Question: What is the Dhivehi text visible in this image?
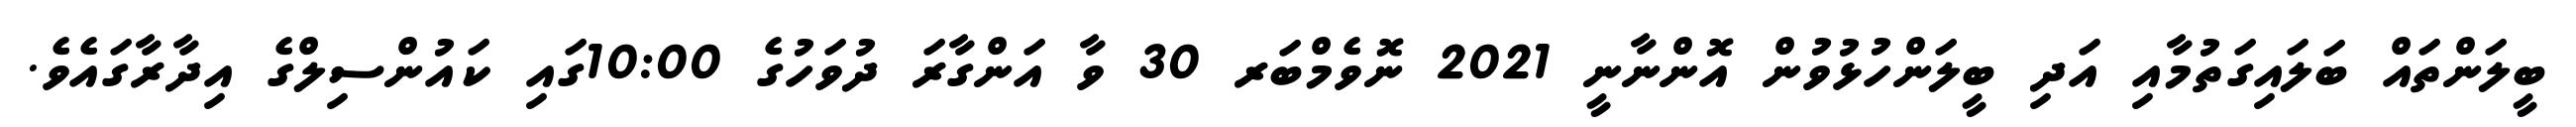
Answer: ބީލަންތައް ބަލައިގަތުމާއި އަދި ބީލަންހުޅުވުން އޮންނާނީ 2021 ނޮވެމްބަރ 30 ވާ އަންގާރަ ދުވަހުގެ 10:00ގައި ކައުންސިލްގެ އިދާރާގައެވެ.